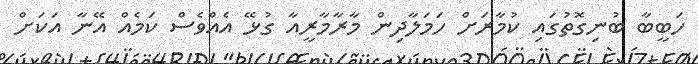
ހަބީބާ ބުނިގޮތުގައި ކުމާރަށް ހަމަލާދިން މާރާމާރީއާ ގުޅޭ އެއްވެސް ކަމެއް އޭނާ އަކަށް